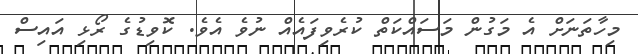
މިހާތަނަށް އެ މަގުން މަސައްކަތް ކުރެވިފައެއް ނުވެ އެވެ. ކޮވިޑުގެ ރޯޅި އައިސް